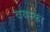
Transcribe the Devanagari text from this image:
वयस्का